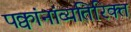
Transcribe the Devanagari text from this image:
पक्वांनांव्यतिरिक्त